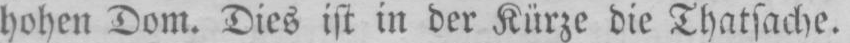
hohen Dom. Dies ist in der Kürze die Thatsache.